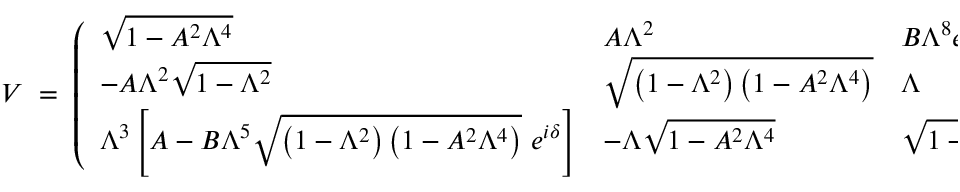
V \; = \; \left( \begin{array} { l l l } { { \sqrt { 1 - A ^ { 2 } \Lambda ^ { 4 } } } } & { { A \Lambda ^ { 2 } } } & { { B \Lambda ^ { 8 } e ^ { - i \delta } } } \\ { { - A \Lambda ^ { 2 } \sqrt { 1 - \Lambda ^ { 2 } } } } & { { \sqrt { \left( 1 - \Lambda ^ { 2 } \right) \left( 1 - A ^ { 2 } \Lambda ^ { 4 } \right) } } } & { { \Lambda } } \\ { { \Lambda ^ { 3 } \left[ A - B \Lambda ^ { 5 } \sqrt { \left( 1 - \Lambda ^ { 2 } \right) \left( 1 - A ^ { 2 } \Lambda ^ { 4 } \right) } ~ e ^ { i \delta } \right] } } & { { - \Lambda \sqrt { 1 - A ^ { 2 } \Lambda ^ { 4 } } } } & { { \sqrt { 1 - \Lambda ^ { 2 } } } } \end{array} \right) \; .